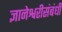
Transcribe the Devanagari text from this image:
ज्ञानेश्वरीसंबंधी